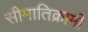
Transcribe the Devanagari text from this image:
सीमातिक्रामी